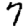
Digit: 7